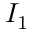
I _ { 1 }